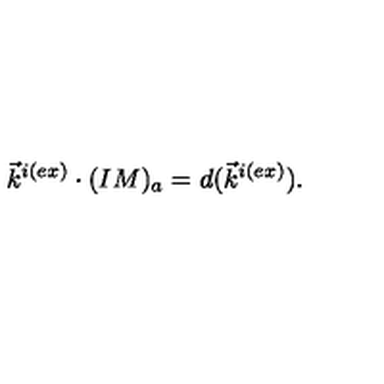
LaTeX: \vec { k } ^ { i ( e x ) } \cdot ( I M ) _ { a } = d ( \vec { k } ^ { i ( e x ) } ) .